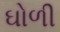
ઘોળી